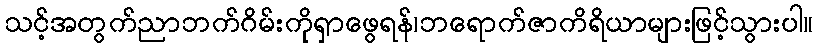
သင့်အတွက်ညာဘက်ဂိမ်းကိုရှာဖွေရန်၊ဘရောက်ဇာကိရိယာများဖြင့်သွားပါ။